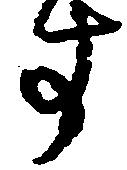
す